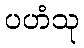
ပဟံသု